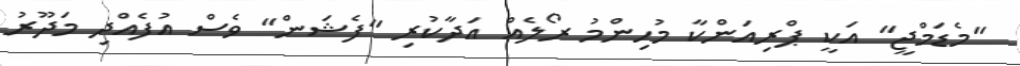
''މެޑަމްޖީ'' އަކީ ޕްރިއަންކާ މުހިންމު ރޯލެއް އަދާކުރި ''ފެޝަން'' ވެސް އުފެއްދި މަދޫރު